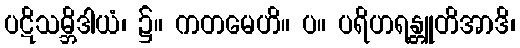
ပဋိသမ္ဘိဒါယံ၊ ၌။ ကတမေဟိ။ ပ။ ပရိဟရန္တူတိအာဒိ၊